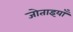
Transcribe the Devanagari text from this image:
जोताइयाँ